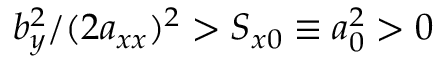
b _ { y } ^ { 2 } / ( 2 a _ { x x } ) ^ { 2 } > S _ { x 0 } \equiv a _ { 0 } ^ { 2 } > 0